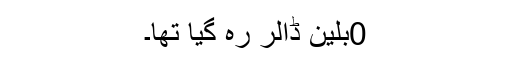
0بلین ڈالر رہ گیا تھا۔